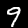
Digit: 9